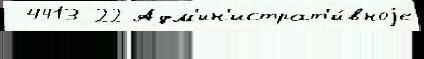
 4413 22 Адм'ин'истрат'и́вноjе